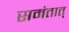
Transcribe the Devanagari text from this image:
समंतात्